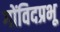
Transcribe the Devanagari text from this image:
गोंविदप्रभू